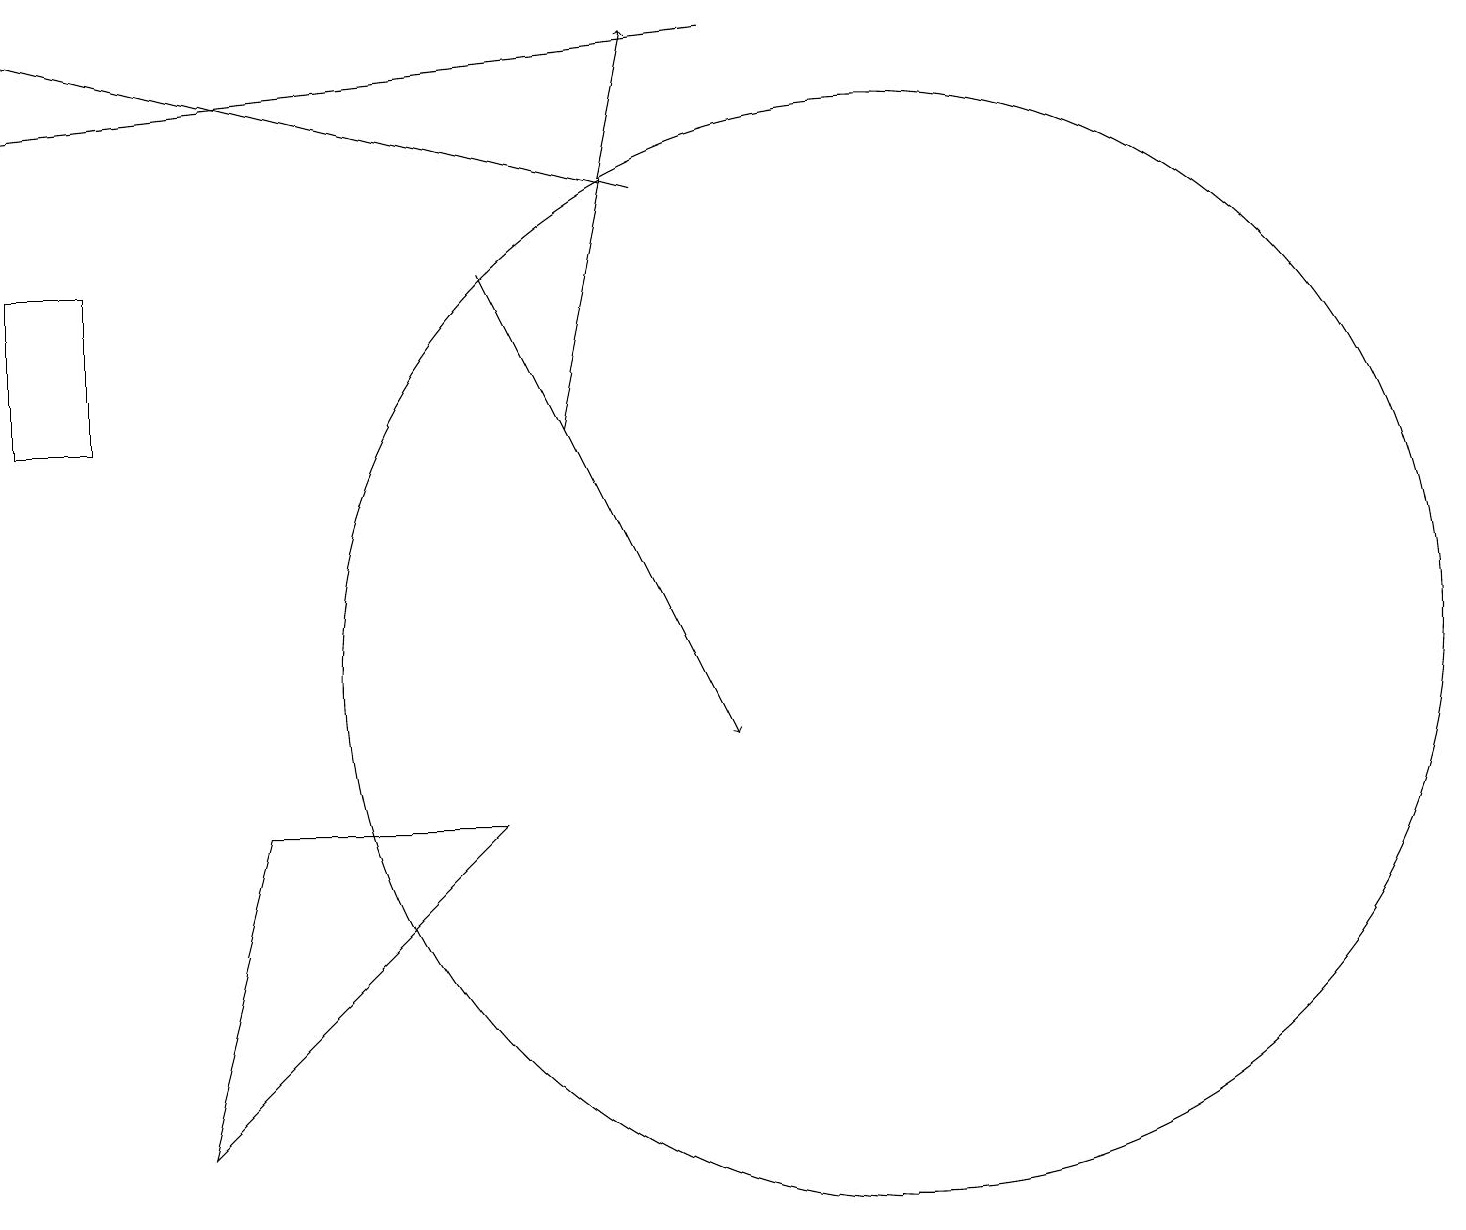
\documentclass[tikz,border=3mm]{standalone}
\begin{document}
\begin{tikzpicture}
\draw (0,16) rectangle (1,14);
\draw[->] (6,16) -- (9,10);
\draw (11,11) circle (7);
\draw[->] (7,14) -- (8,19);
\draw[->] (8,17) -- (0,19);
\draw (6,9) -- (3,9) -- (2,5) -- cycle;
\draw[->] (9,19) -- (0,18);
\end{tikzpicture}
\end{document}